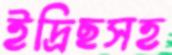
ইদ্রিছসহ